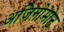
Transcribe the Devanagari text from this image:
अजिनोमोट